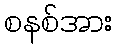
စနစ်အား